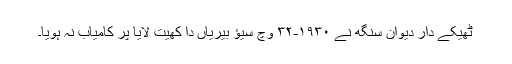
ٹھیکے دار دیوان سنگھ نے ١٩٣٠-٣٢ وچ سیؤ بیریاں دا کھیت لایا پر کامیاب نہ ہویا۔